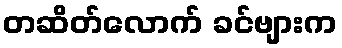
တဆိတ်လောက် ခင်ဗျားက